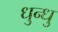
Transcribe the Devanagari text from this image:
धुन्धु